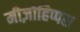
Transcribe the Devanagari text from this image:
मीज़ोहिप्पस